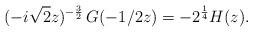
LaTeX: \begin{align*} (-i\sqrt{2}z)^{-\frac32}\, G(-1/2z) = -2^{\frac14} H(z).\end{align*}